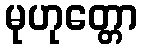
မုဟုတ္တော